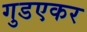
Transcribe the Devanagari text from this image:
गुडएकर